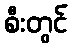
စီးတွင်